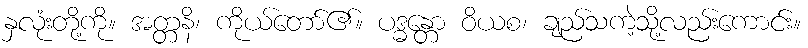
နှလုံးတို့ကို။ အတ္တနိ၊ ကိုယ်တော်၏။ ပဒ္ဓန္တော ဝိယစ၊ ချည်သကဲ့သို့လည်းကောင်း။